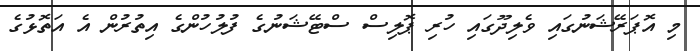
މި އޮޕަރޭޝަނުގައި ވެލިދޫގައި ހުރި ޕޮލިސް ސްޓޭޝަނުގެ ފުލުހުންގެ އިތުރުން އެ އަތޮޅުގެ